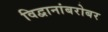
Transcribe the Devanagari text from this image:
विद्वानांबरोबर